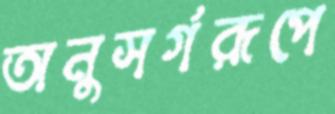
অনুসর্গরূপে